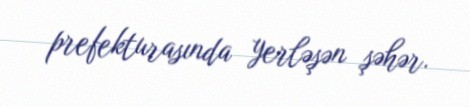
prefekturasında yerləşən şəhər.